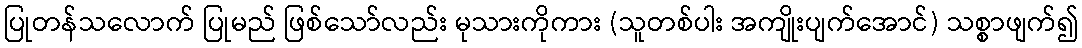
ပြုတန်သလောက် ပြုမည် ဖြစ်သော်လည်း မုသားကိုကား (သူတစ်ပါး အကျိုးပျက်အောင်) သစ္စာဖျက်၍